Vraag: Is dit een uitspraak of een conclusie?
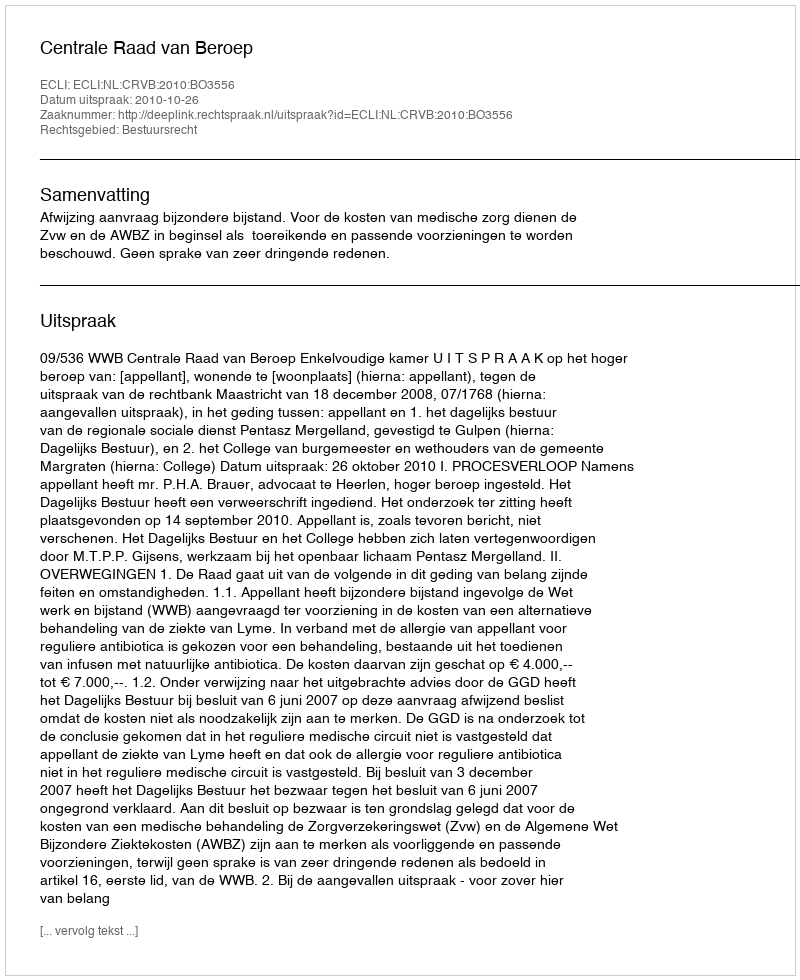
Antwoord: Uitspraak